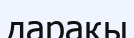
дарақы